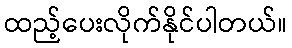
ထည့်ပေးလိုက်နိုင်ပါတယ်။